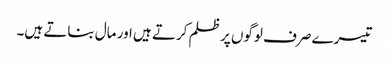
تیسرے صرف لوگوں پر ظلم کرتے ہیں اور مال بناتے ہیں۔